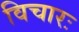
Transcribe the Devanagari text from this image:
विचारः